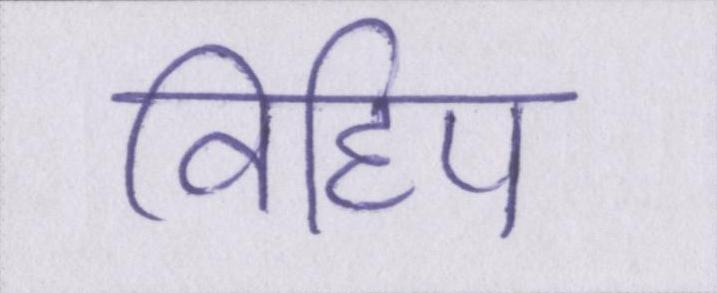
विहिप